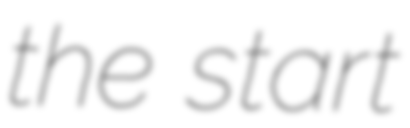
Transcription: the start